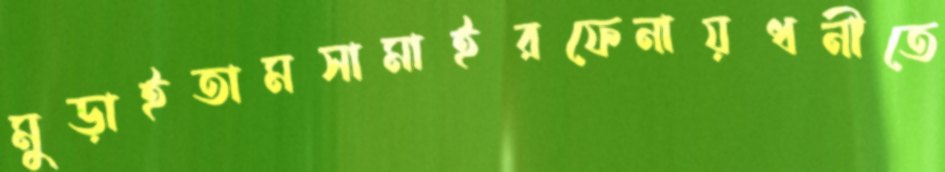
মুড়াইতামসামাইরফেনায়ধনীতে